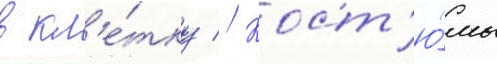
в кл'е́тку // Кост'ю́мы